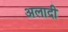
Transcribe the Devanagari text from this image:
अलादी